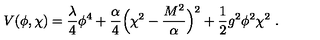
V ( \phi , \chi ) = { \frac { \lambda } { 4 } } \phi ^ { 4 } + { \frac { \alpha } { 4 } } \Bigl ( \chi ^ { 2 } - { \frac { M ^ { 2 } } { \alpha } } \Bigr ) ^ { 2 } + { \frac { 1 } { 2 } } g ^ { 2 } \phi ^ { 2 } \chi ^ { 2 } \ .